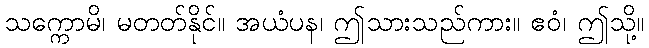
သက္ကောမိ၊ မတတ်နိုင်။ အယံပန၊ ဤသားသည်ကား။ ဧဝံ၊ ဤသို့။